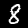
Label: 8